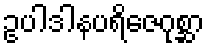
ဥပါဒါနပရိဇေဂုစ္ဆာ